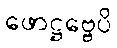
ဖောဋ္ဌဗ္ဗေပိ